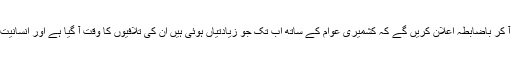
ایسا بھی معجزہ ہو سکتا ہے کہ مودی لاہور میں یا عمران دلی میں آ کر باضابطہ اعلان کریں گے کہ کشمیری عوام کے ساتھ اب تک جو زیادتیاں ہوئی ہیں ان کی تلافیوں کا وقت آ گیا ہے اور انسانیت کا تقاضا ہے کہ انہیں بھی آزادی سے زندہ رہنے کا حق دیا جائے۔